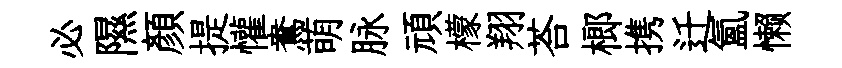
必隰顔提懽鴦萌脉頑檬翔荅榔携迁氲懒